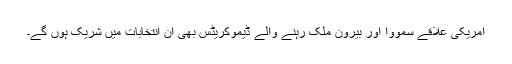
امریکی علاقے سمووا اور بیرون ملک رہنے والے ڈیموکریٹس بھی ان انتخابات میں شریک ہوں گے۔